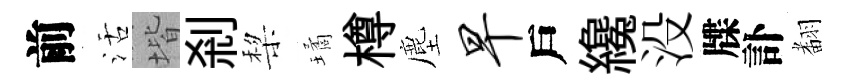
前活堦剎棃璚樽塵早戶纔没牒訃𮋒